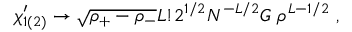
\chi _ { 1 ( 2 ) } ^ { \prime } \rightarrow \sqrt { \rho _ { + } - \rho _ { - } } L ! 2 ^ { 1 / 2 } N ^ { - L / 2 } G ~ \rho ^ { L - 1 / 2 } ~ ,